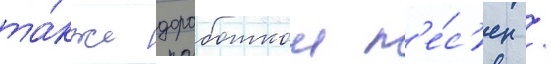
та́кже доработкои п'е́с'ен /